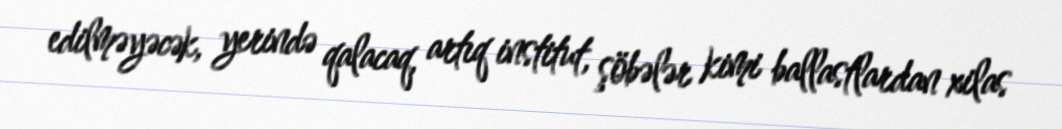
edilməyəcək, yerində qalacaq, artıq institut, şöbələr kimi ballastlardan xilas